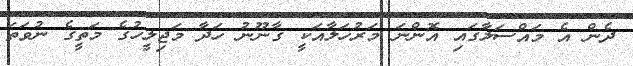
ދެން އެ މައްސަލާގައި އޮންނަ މަރުހަލާއަކީ ގާނޫނު ހަދާ މަޖިލީހުގެ މަތީގެ ނުވަތަ